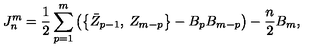
J _ { n } ^ { m } = \frac 1 2 \sum _ { p = 1 } ^ { m } \left( \left\{ \bar { Z } _ { p - 1 } , \: Z _ { m - p } \right\} - B _ { p } B _ { m - p } \right) - \frac n 2 B _ { m } ,